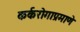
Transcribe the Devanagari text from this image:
कर्करोगाप्रमाणे